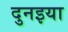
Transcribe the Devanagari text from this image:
दुनइया